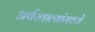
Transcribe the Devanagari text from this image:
अर्थखात्यांमध्ये